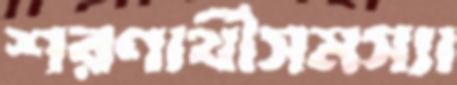
শরণার্থীসমস্যা